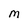
Character: M